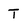
Character: T